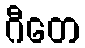
ဂီတေ